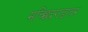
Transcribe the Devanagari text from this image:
मच्छिंद्रगडावर